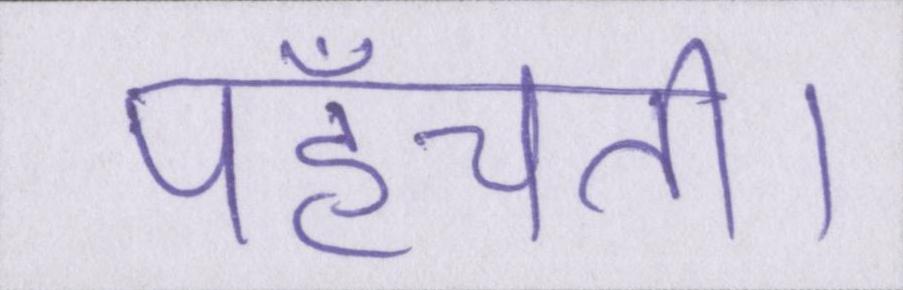
पहुँचती।